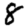
Digit: 8